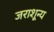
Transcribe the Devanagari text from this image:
जराशून्य